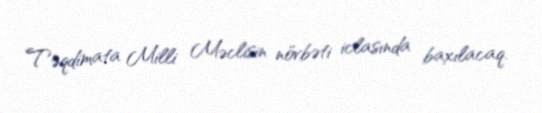
Təqdimata Milli Məclisin növbəti iclasında baxılacaq.